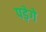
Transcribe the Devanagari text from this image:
पड़ेगे